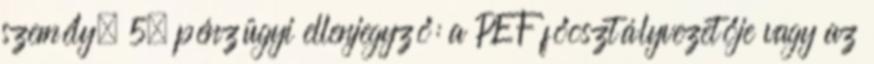
személy, 5. pénzügyi ellenjegyző: a PEF főosztályvezetője vagy az